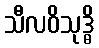
သီလဝိသုဒ္ဓိ